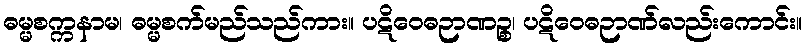
ဓမ္မစက္ကနာမ၊ ဓမ္မစက်မည်သည်ကား။ ပဋိဝေဓဉာဏဉ္စ၊ ပဋိဝေဓဉာဏ်လည်းကောင်း။